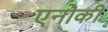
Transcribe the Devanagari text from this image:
एनोकी